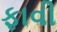
ફાવી